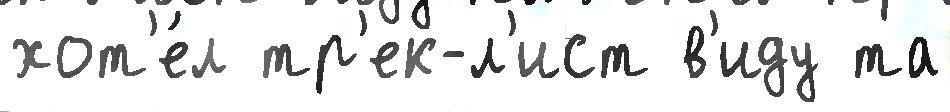
хот'е́л тр'ек-л'ист в'иду та